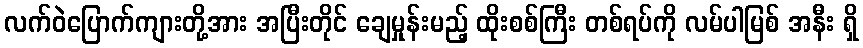
လက်ဝဲပြောက်ကျားတို့အား အပြီးတိုင် ချေမှုန်းမည့် ထိုးစစ်ကြီး တစ်ရပ်ကို လမ်ပါမြစ် အနီး ရှိ